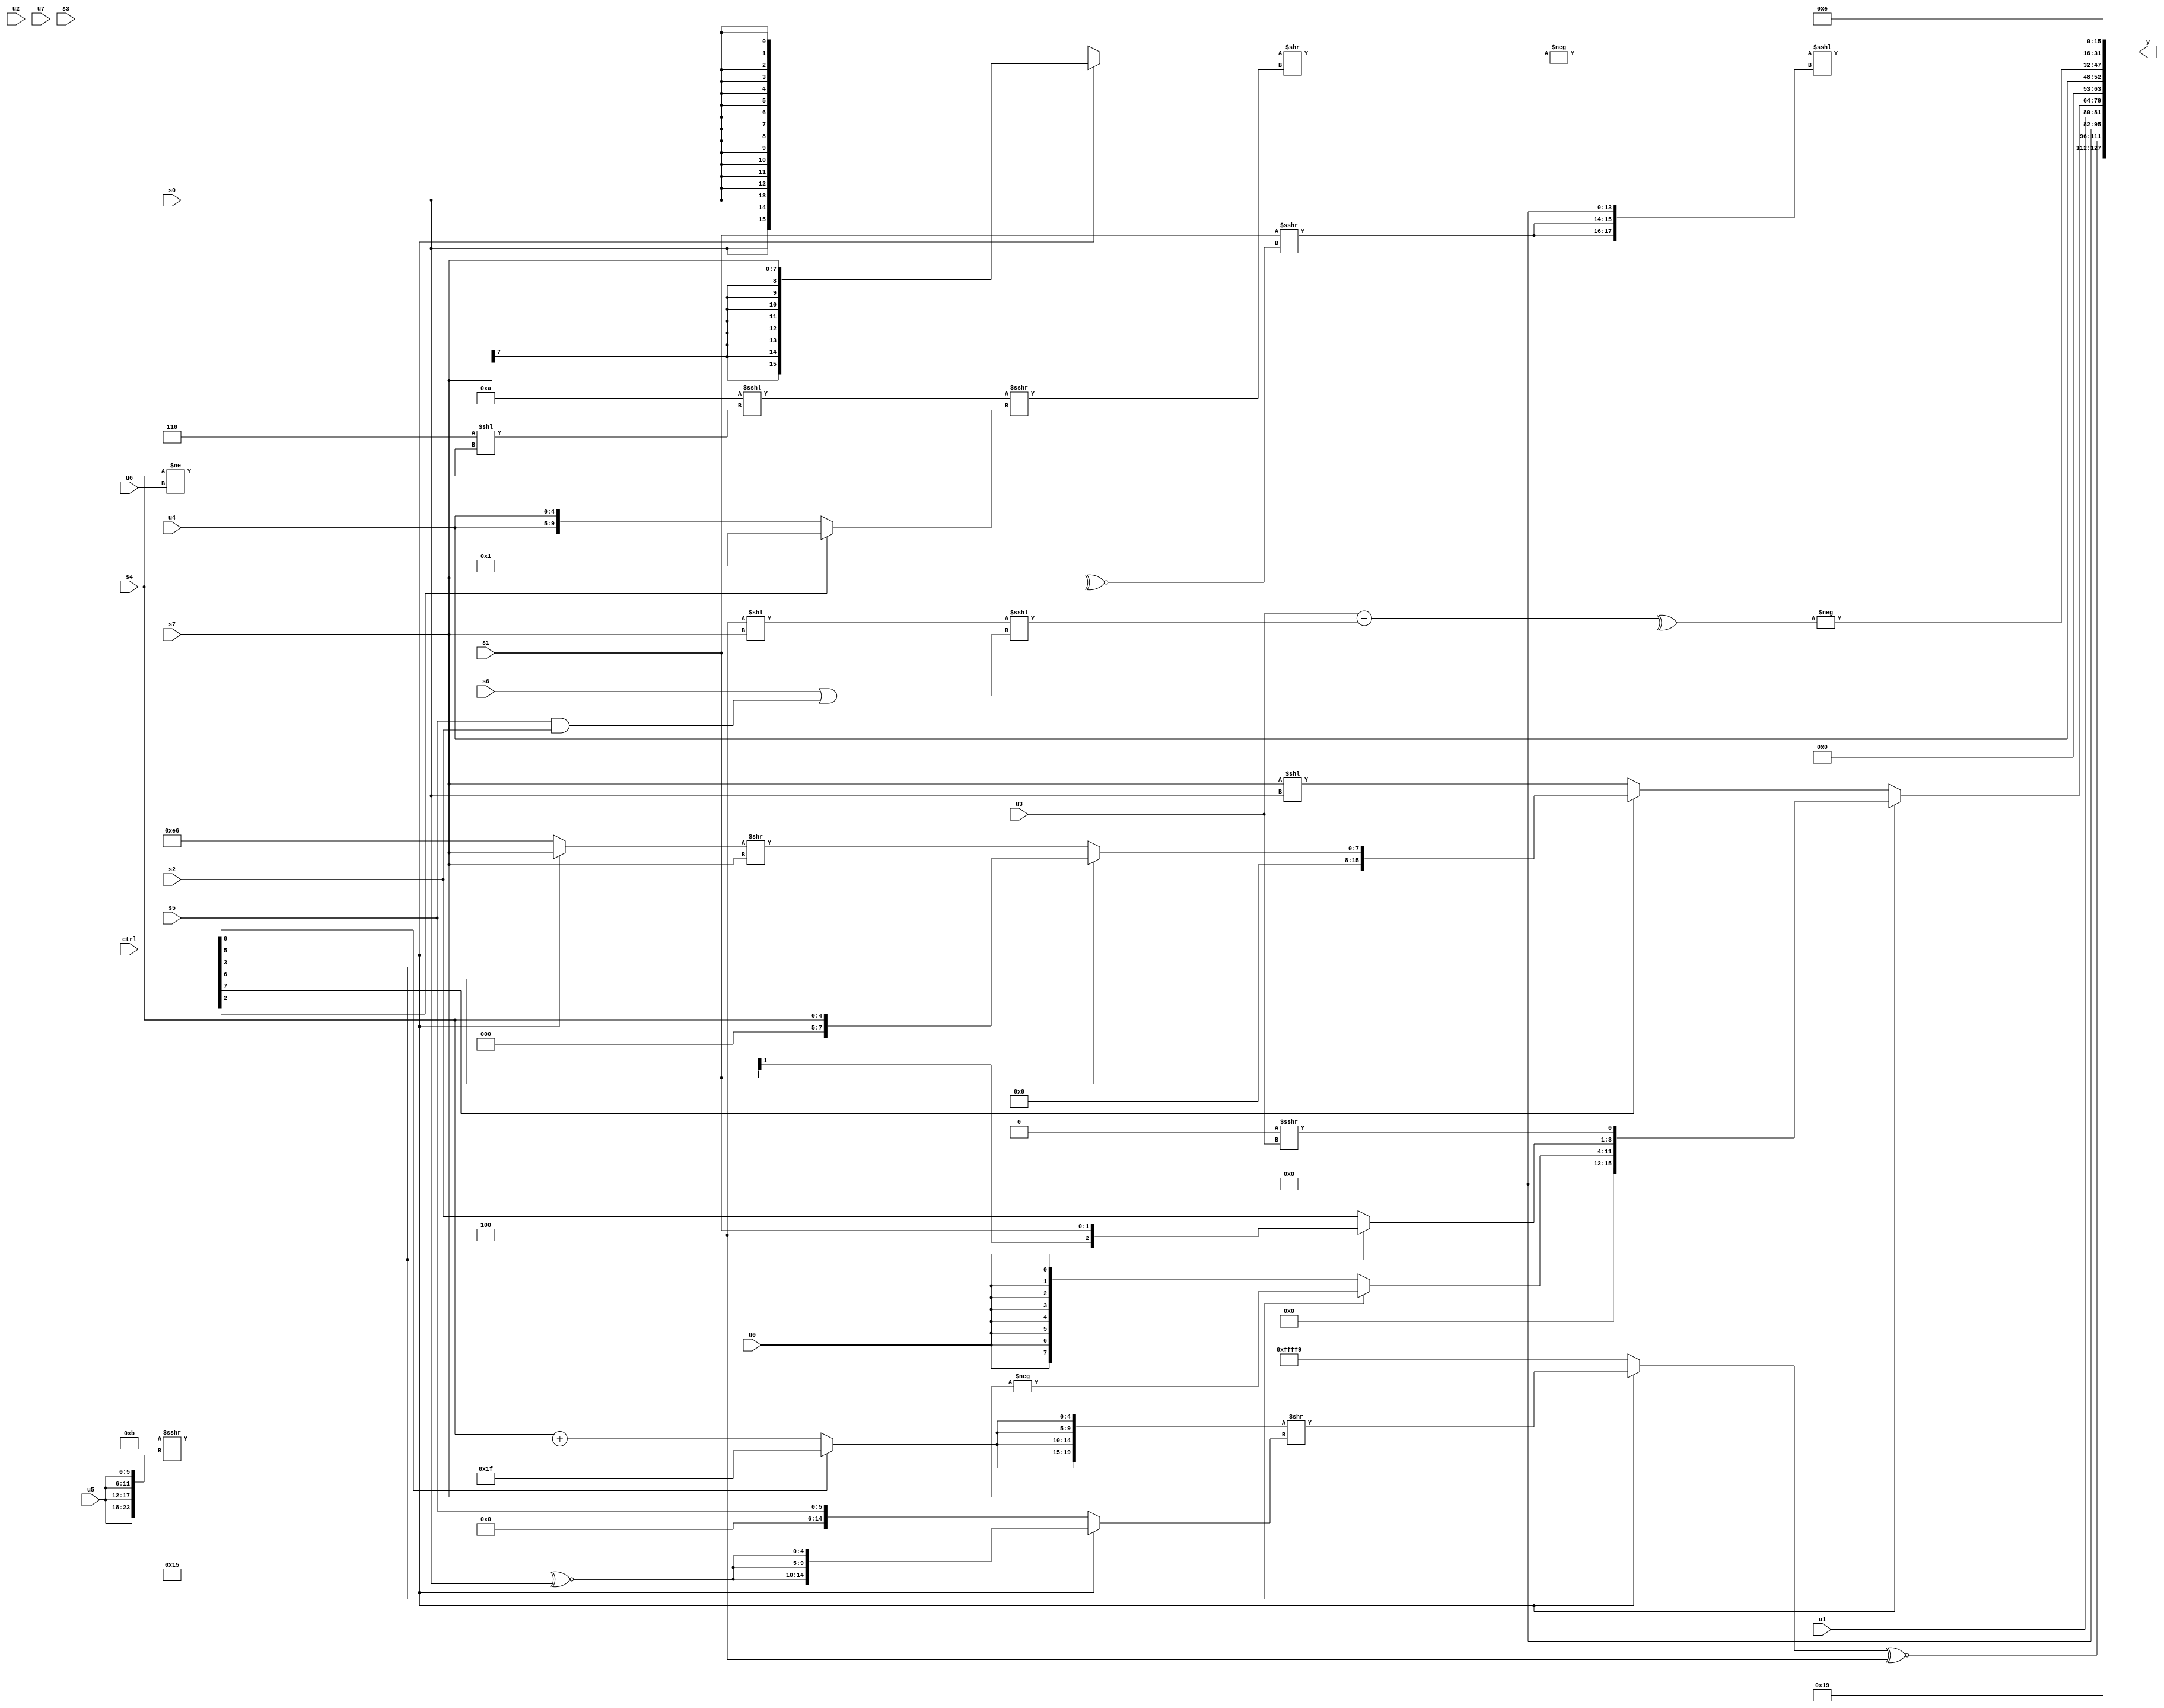
module wideexpr_00046(ctrl, u0, u1, u2, u3, u4, u5, u6, u7, s0, s1, s2, s3, s4, s5, s6, s7, y);
  input [7:0] ctrl;
  input [0:0] u0;
  input [1:0] u1;
  input [2:0] u2;
  input [3:0] u3;
  input [4:0] u4;
  input [5:0] u5;
  input [6:0] u6;
  input [7:0] u7;
  input signed [0:0] s0;
  input signed [1:0] s1;
  input signed [2:0] s2;
  input signed [3:0] s3;
  input signed [4:0] s4;
  input signed [5:0] s5;
  input signed [6:0] s6;
  input signed [7:0] s7;
  output [127:0] y;
  wire [15:0] y0;
  wire [15:0] y1;
  wire [15:0] y2;
  wire [15:0] y3;
  wire [15:0] y4;
  wire [15:0] y5;
  wire [15:0] y6;
  wire [15:0] y7;
  assign y = {y0,y1,y2,y3,y4,y5,y6,y7};
  assign y0 = 6'sb011001;
  assign y1 = ((ctrl[5]?({4{(ctrl[0]?(2'sb00)^~($signed(4'sb0000)):(s4)+($signed((-(4'sb0101))>>>({4{u5}}))))}})>>({1{(ctrl[5]?{3{(5'sb10101)^~(s0)}}:s5)}}):($unsigned(4'sb0001))^~({3{1'b1}})))^~(4'b0100);
  assign y2 = u1;
  assign y3 = (ctrl[5]?{{(5'b01100)&(!(5'b00110)),+($signed((ctrl[3]?-(s7):$signed(u0))))},(ctrl[3]?s1:s2),(-(1'sb0))>>>(u3)}:(ctrl[7]?{1{(ctrl[6]?s4:((ctrl[5]?s7:-(6'b011010)))>>(s7))}}:(s7)<<(s0)));
  assign y4 = u4;
  assign y5 = -(+(^((u3)-(($unsigned((3'sb100)<<(s7)))<<<((s6)|((s5)&(s2)))))));
  assign y6 = (+(-(((ctrl[5]?$signed(s7):s0))>>(((5'sb11010)<<<(((3'b010)+(3'b100))<<((s4)!=(u6))))>>>(+((ctrl[2]?(ctrl[2]?1'sb1:3'b110):{2{u4}})))))))<<<($unsigned(({3{{3{(s1)>>>($unsigned((s7)^~(s4)))}}}})<<<((2'b10)^~(4'b0011))));
  assign y7 = 5'sb01110;
endmodule